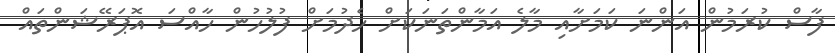
ފާސް ކުރަމުން އަންނަ ކަމަށާއި މާލެ އަމާންތަނަކަށް ހެދުމަށް ފުލުހުން ހާއްސަ އޮޕަރޭޝަންތައް